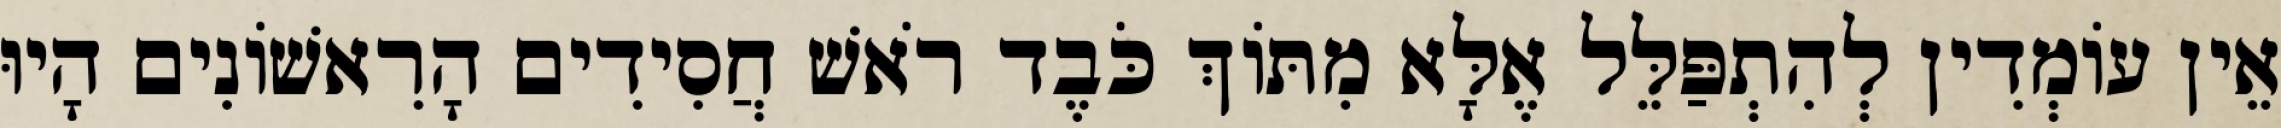
אֵין עוֹמְדִין לְהִתְפַּלֵּל אֶלָּא מִתּוֹךְ כֹּבֶד רֹאשׁ חֲסִידִים הָרִאשׁוֹנִים הָיוּ